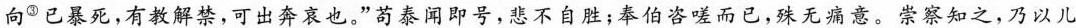
向^{③}已暴死，有教解禁，可出奔哀也。”苟泰闻即号，悲不自胜；奉伯咨嗟而已，殊无痛意。崇察知之，乃以儿